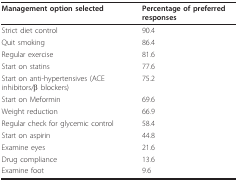
| Management option selected | Percentage of preferred responses |
 | --- | --- |
 | Strict diet control | 90.4 |
 | Quit smoking | 86.4 |
 | Regular exercise | 81.6 |
 | Start on statins | 77.6 |
 | Start on anti-hypertensives (ACE inhibitors/β blockers) | 75.2 |
 | Start on Meformin | 69.6 |
 | Weight reduction | 66.9 |
 | Regular check for glycemic control | 58.4 |
 | Start on aspirin | 44.8 |
 | Examine eyes | 21.6 |
 | Drug compliance | 13.6 |
 | Examine foot | 9.6 |